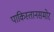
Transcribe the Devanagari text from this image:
पाकिस्तानसमोर